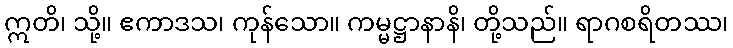
ဣတိ၊ သို့။ ဧကာဒသ၊ ကုန်သော။ ကမ္မဋ္ဌာနာနိ၊ တို့သည်။ ရာဂစရိတဿ၊